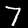
Label: 7